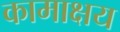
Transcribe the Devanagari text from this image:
कामाक्षय